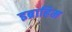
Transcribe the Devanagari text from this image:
इब्राहिम